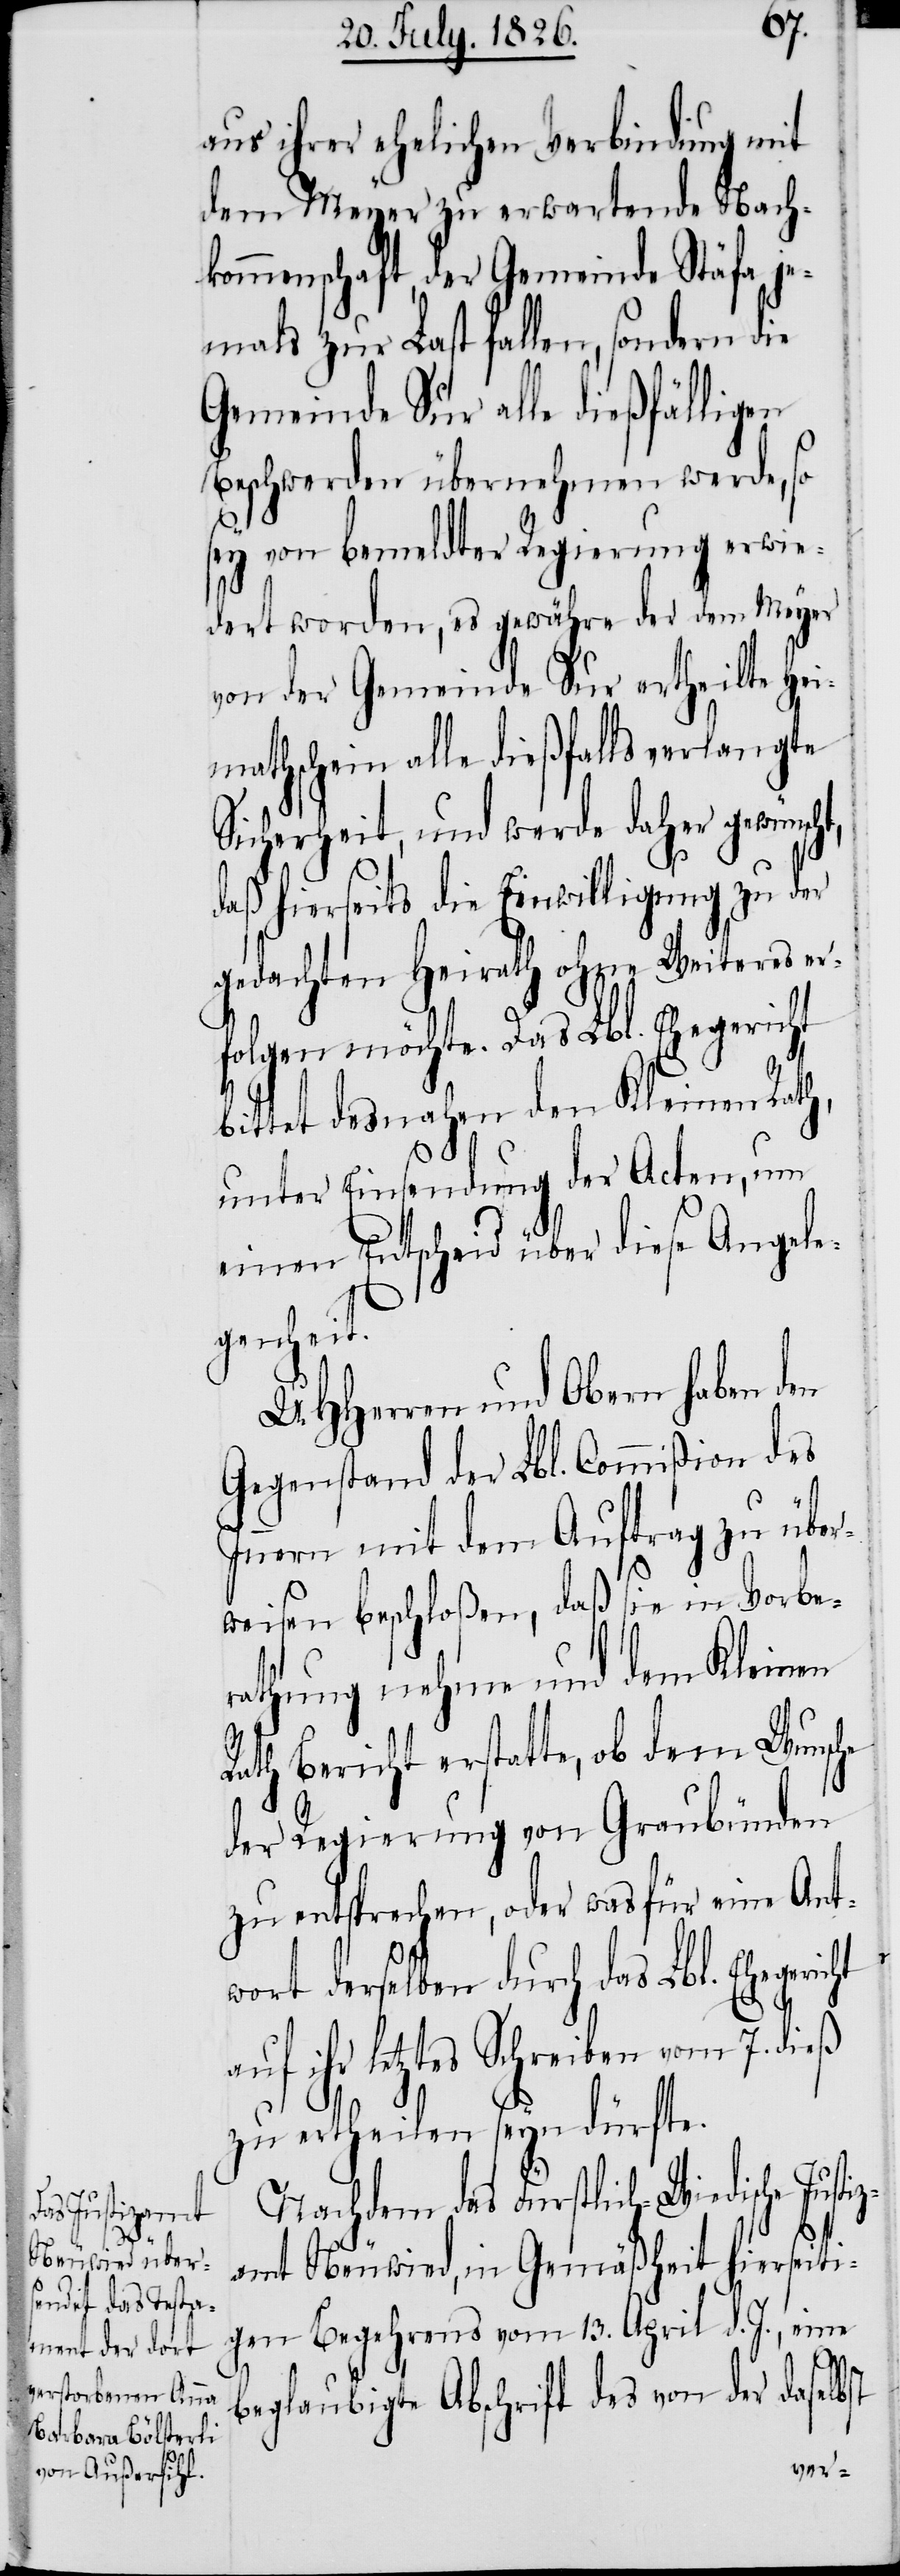
Justiz¬
Nachdem das Fürstlich Wiedische
amt Neuwied, in Gemäßheit hierseiti¬
gen Begehrens vom 13. April d. J., eine
beglaubigte Abschrift des von der daselbst